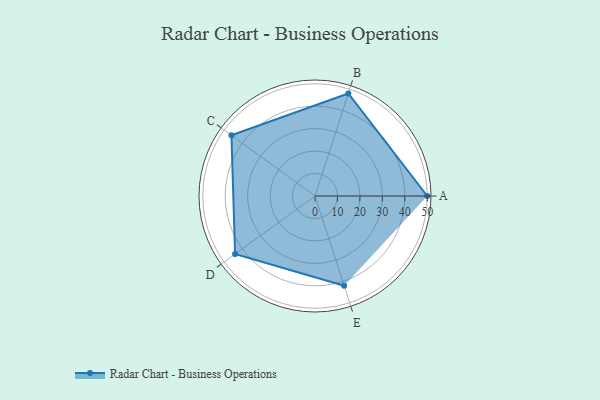
{"axis": {"x": "Skill", "y": "Score"}, "legend": ["Profile"], "data": [{"x": "A", "y": 50.0, "type": "Profile"}, {"x": "B", "y": 48.0, "type": "Profile"}, {"x": "C", "y": 46.0, "type": "Profile"}, {"x": "D", "y": 44.0, "type": "Profile"}, {"x": "E", "y": 42.0, "type": "Profile"}]}